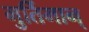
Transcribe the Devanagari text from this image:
मुर्तिमान्